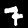
Label: 7